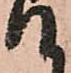
て